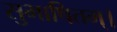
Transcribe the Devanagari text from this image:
सुभाषितम्।